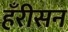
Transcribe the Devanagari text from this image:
हँरीसन